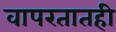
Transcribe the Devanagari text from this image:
वापरतातही